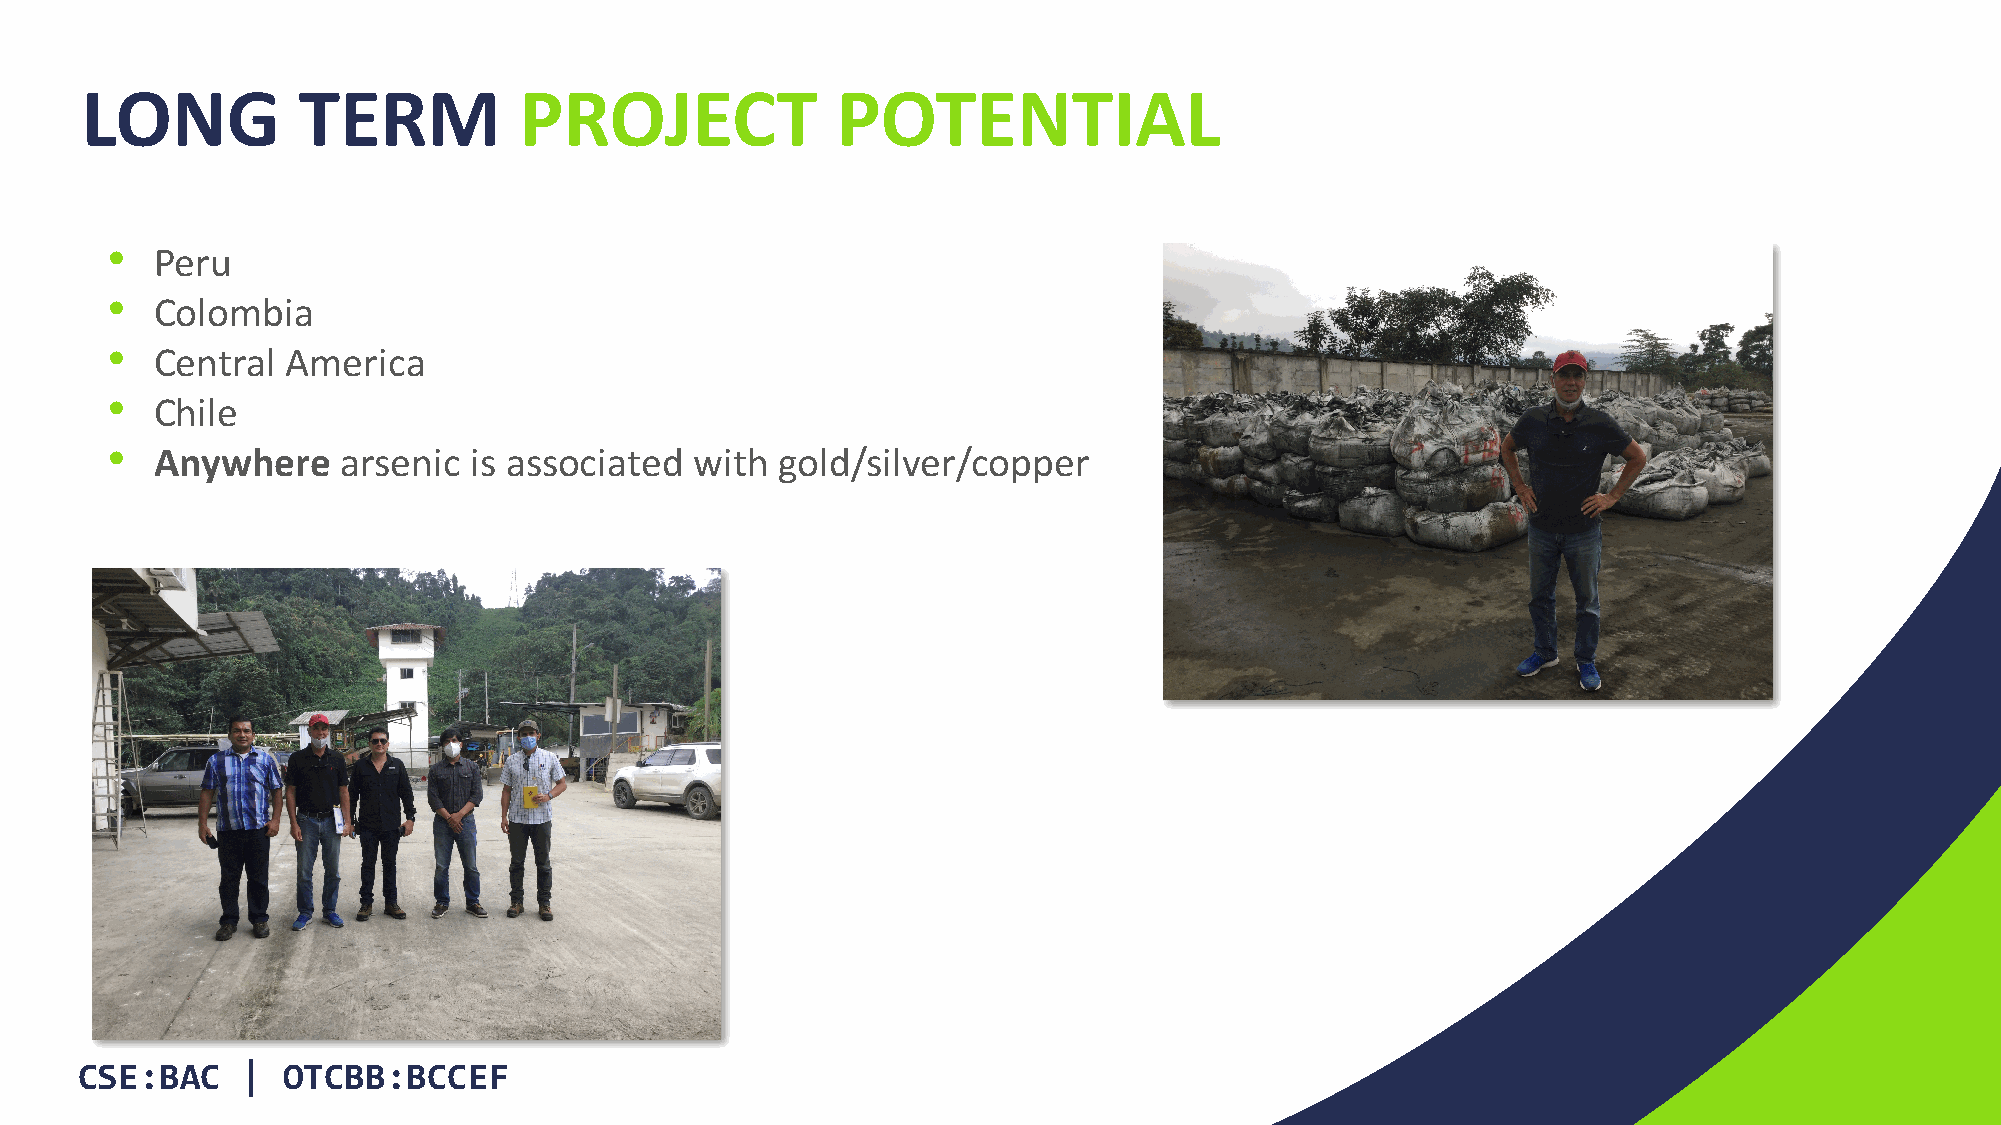
LONG           TERM          PROJECT              POTENTIAL
 •
 Peru
 •
 Colombia
 •
 Central  America
 •
 Chile
 •
 Anywhere     arsenic is associated  with gold/silver/copper
 CSE:BAC    |  OTCBB:BCCEF